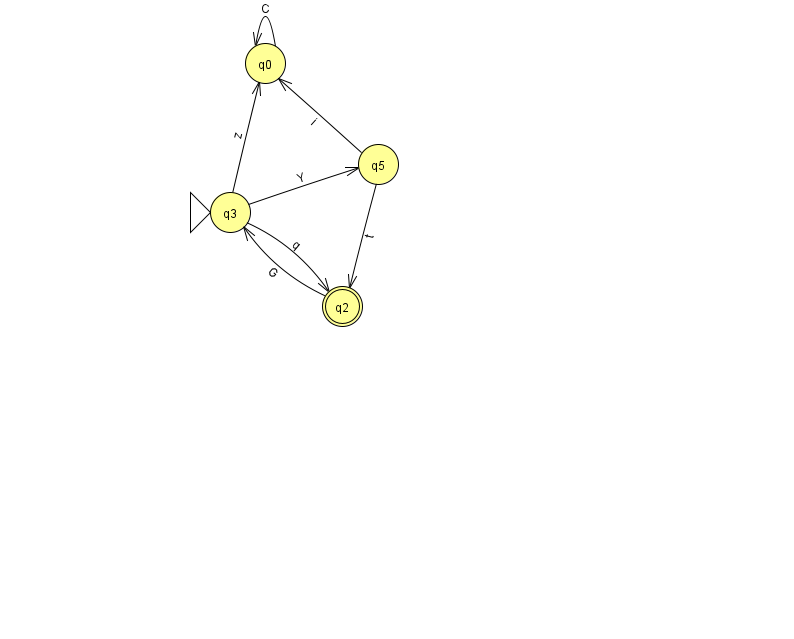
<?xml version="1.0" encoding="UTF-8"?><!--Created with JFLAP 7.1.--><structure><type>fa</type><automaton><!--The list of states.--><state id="0" name="q0"><x>265.0</x><y>50.0</y></state><state id="2" name="q2"><x>342.0</x><y>293.0</y><final/></state><state id="3" name="q3"><x>230.0</x><y>199.0</y><initial/></state><state id="5" name="q5"><x>378.0</x><y>151.0</y></state><!--The list of transitions.--><transition><from>0</from><to>0</to><read>C</read></transition><transition><from>5</from><to>2</to><read>t</read></transition><transition><from>3</from><to>0</to><read>z</read></transition><transition><from>3</from><to>5</to><read>Y</read></transition><transition><from>2</from><to>3</to><read>G</read></transition><transition><from>5</from><to>0</to><read>i</read></transition><transition><from>3</from><to>2</to><read>q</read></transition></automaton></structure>